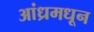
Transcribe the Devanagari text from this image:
आंध्रमधून